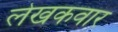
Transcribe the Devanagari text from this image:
लेखकवार